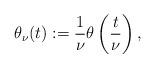
LaTeX: \begin{align*}\theta_\nu(t):=\frac{1}{\nu} \theta \left(\frac{t}{\nu}\right),\end{align*}